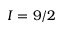
I = 9 / 2